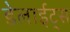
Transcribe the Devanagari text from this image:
डेलाईट्स